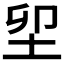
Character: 𡊎